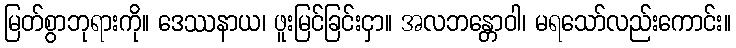
မြတ်စွာဘုရားကို။ ဒေဿနာယ၊ ဖူးမြင်ခြင်းငှာ။ အလဘန္တောဝါ၊ မရသော်လည်းကောင်း။